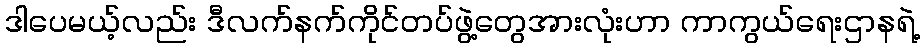
ဒါပေမယ့်လည်း ဒီလက်နက်ကိုင်တပ်ဖွဲ့တွေအားလုံးဟာ ကာကွယ်ရေးဌာနရဲ့